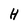
Character: H